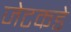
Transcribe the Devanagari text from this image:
जेटकडे